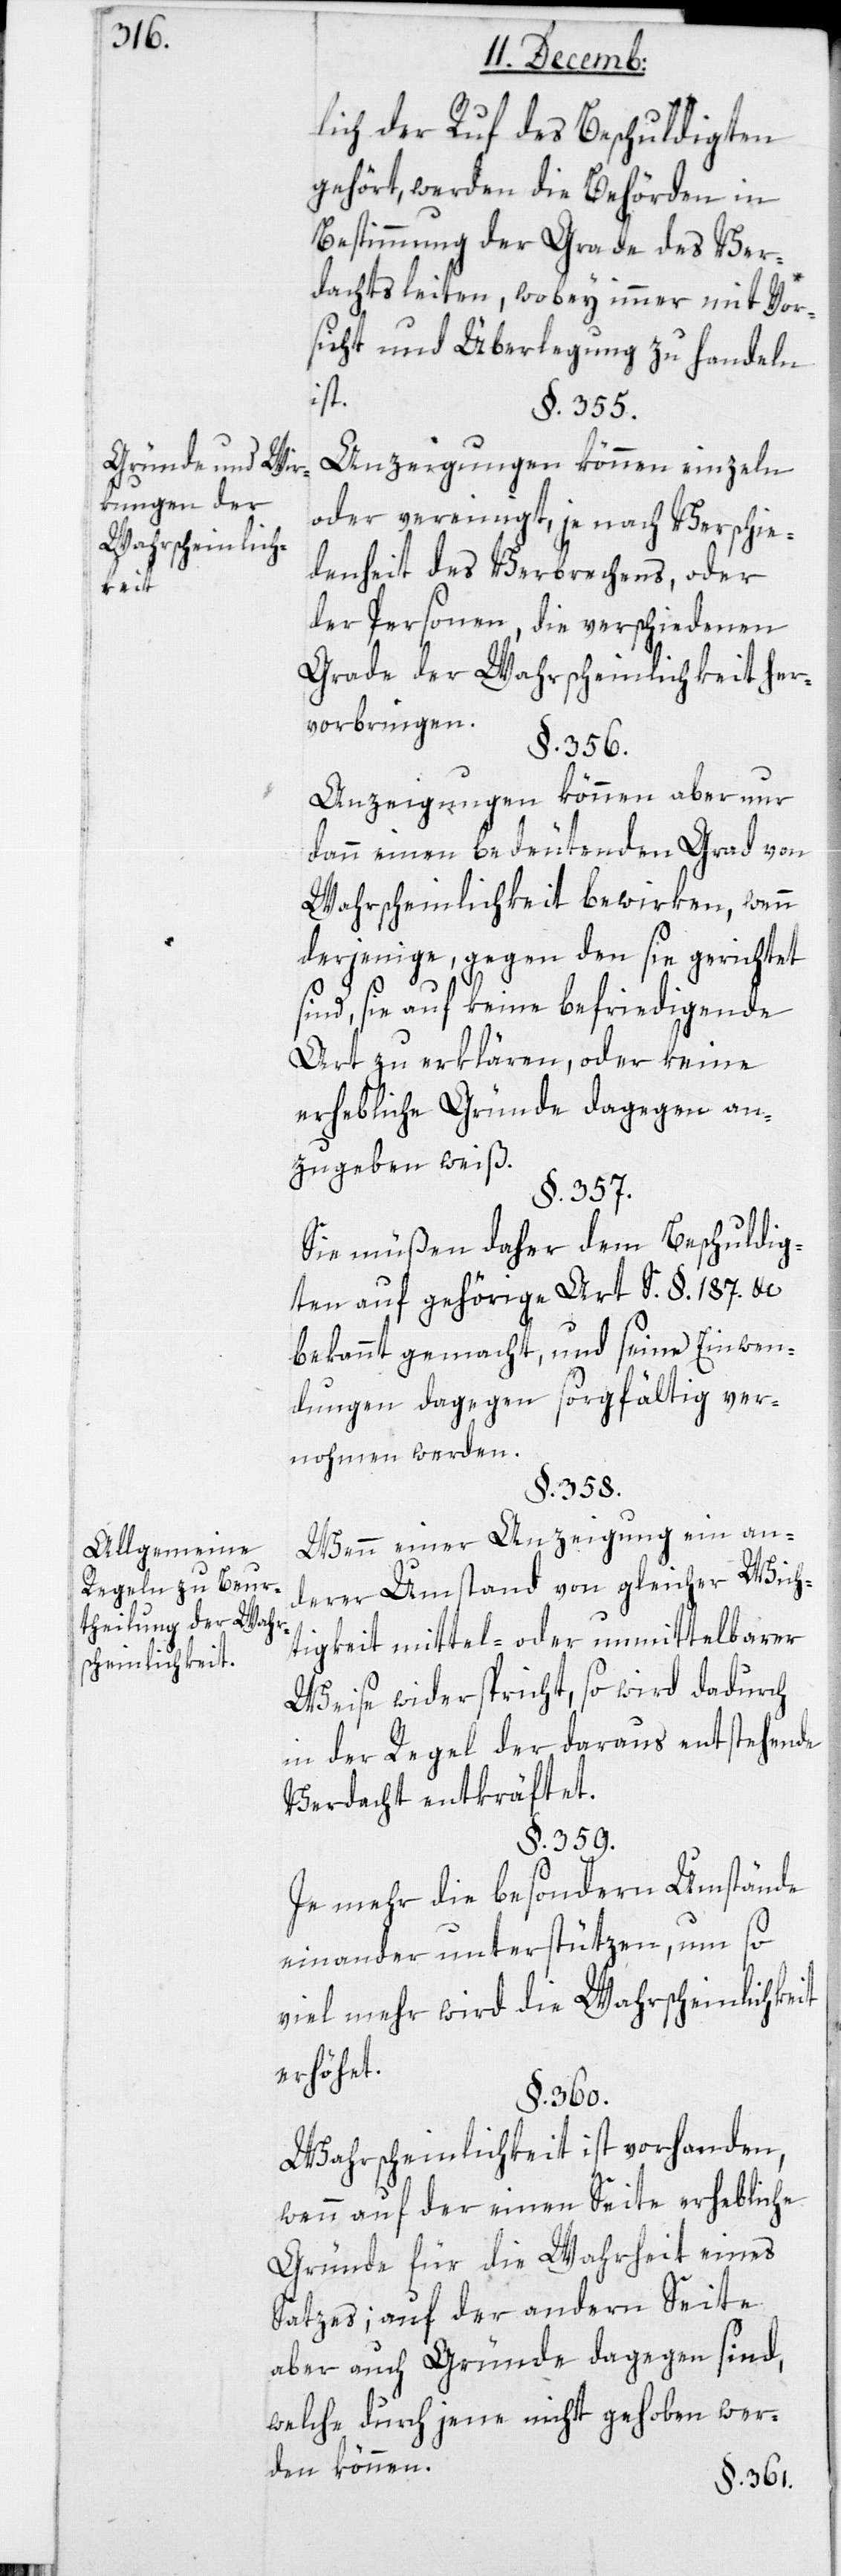
Gründe und Wir¬
kungen der
Wahrscheinlich¬
Beur¬
Allgemeine
theilung der Wahr¬
scheinlichkeit.

lich der Ruf des Beschuldigten
gehört, werden die Behörden in
Bestimmung der Grade des Ver¬
dachts leiten, wobey immer mit Vor¬
sicht und Überlegung zu handeln
ist.
§. 355.
Anzeigungen können einzeln
oder vereinigt, je nach Verschie¬
denheit des Verbrechens oder
der Personen, die verschiedenen
Grade der Wahrscheinlichkeit her¬
vorbringen.
§. 356.
Anzeigungen können aber nur
dann einen bedeutenden Grad von
Wahrscheinlichkeit bewirken, wenn
derjenige, gegen den sie gerichtet
sind, sie auf keine befriedigende
Art zu erklären, oder keine
erhebliche Gründe dagegen an¬
zugeben weiß.
§. 357.
Sie müßen daher dem Beschuldig¬
ten auf gehörige Art, S. §. 187. &c.,
bekannt gemacht und seine Einwen¬
dungen dagegen sorgfältig ver¬
nohmen werden.
§. 358.
Wenn einer Anzeigung ein an¬
derer Umstand von gleicher Wich¬
tigkeit mittel- oder unmittelbarer
Weise widerspricht, so wird dadurch
in der Regel der daraus entstehende
Verdacht entkräftet.
§. 359.
Je mehr die besondern Umstände
einander unterstützen, um so
viel mehr wird die Wahrscheinlichkeit
erhöhet.
§. 360.
Wahrscheinlichkeit ist vorhanden,
wenn auf der einen Seite erhebliche
Gründe für die Wahrheit eines
Satzes; auf der andern Seite
aber auch Gründe dagegen sind,
welche durch jene nicht gehoben wer¬
den können.